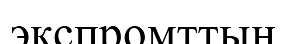
экспромттың